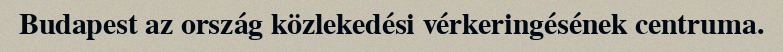
Budapest az ország közlekedési vérkeringésének centruma.